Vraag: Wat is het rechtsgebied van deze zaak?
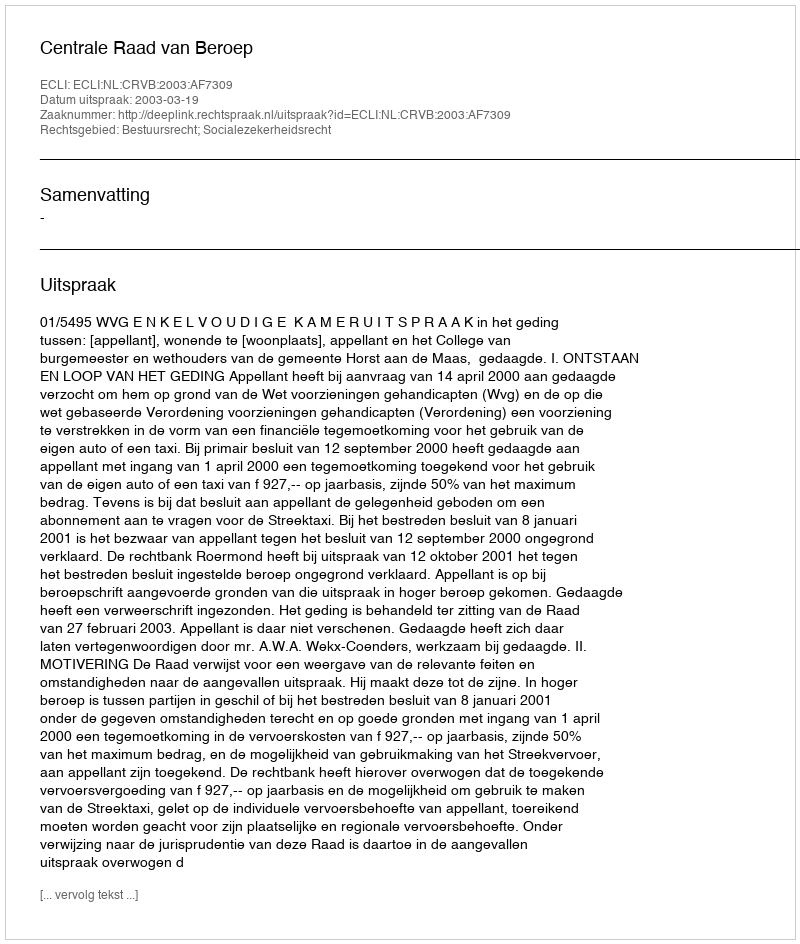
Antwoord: Bestuursrecht; Socialezekerheidsrecht